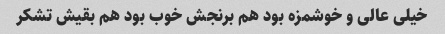
خیلی عالی و خوشمزه بود هم برنجش خوب بود هم بقیش تشکر